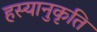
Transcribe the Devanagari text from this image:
हस्यानुकृति